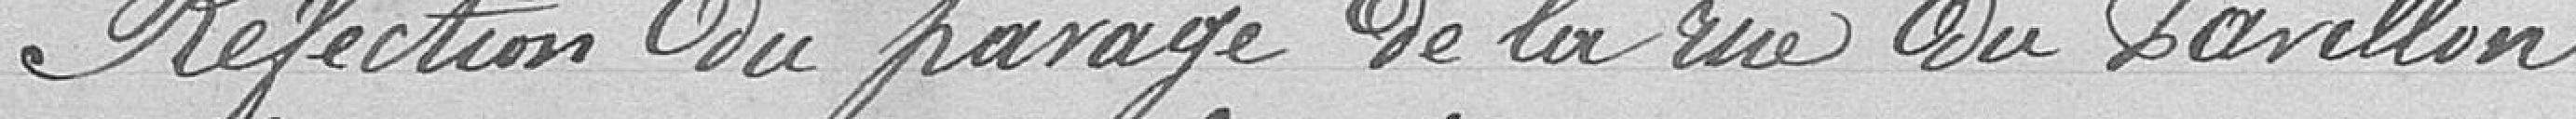
Réfection du pavage de la rue du pavillon